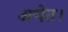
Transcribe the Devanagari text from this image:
अचेत।